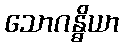
သောဂန္ဓိယာ